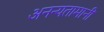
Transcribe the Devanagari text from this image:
अनन्यतामानी